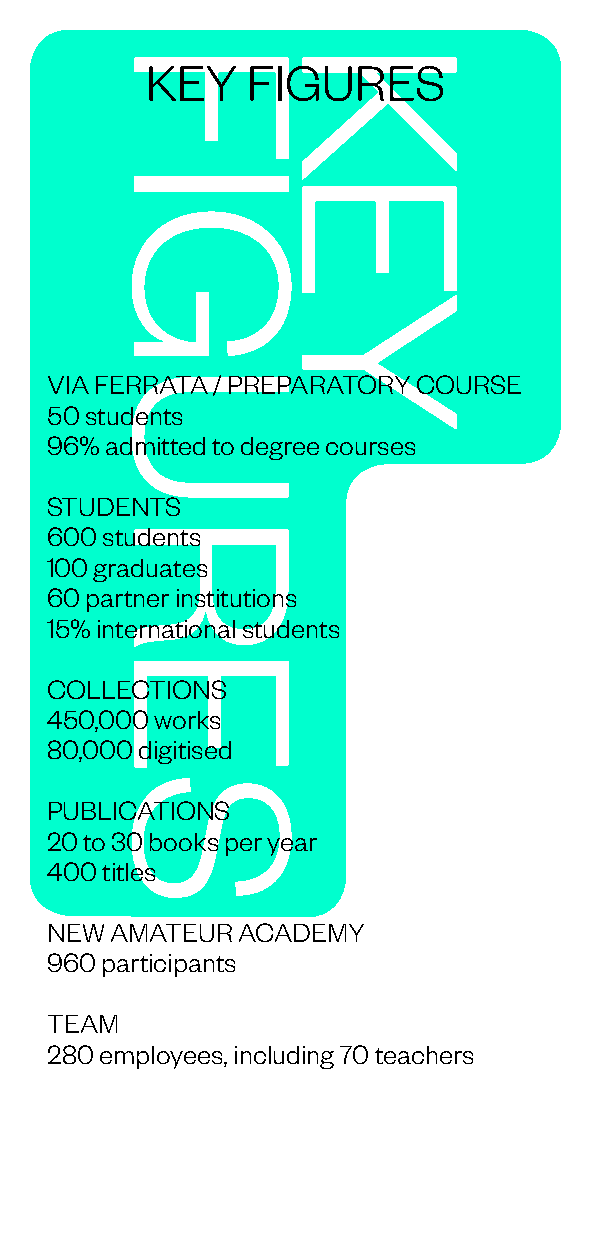
KEY   FIGURES
 VIA FERRATA / PREPARATORY COURSE
 50 students
 96% admitted to degree courses
 STUDENTS
 600 students
 100 graduates
 60 partner institutions
 15% international students
 COLLECTIONS
 450,000 works
 80,000 digitised
 PUBLICATIONS
 20 to 30 books per year
 400 titles
 NEW AMATEUR  ACADEMY
 960 participants
 TEAM
 280 employees, including 70 teachers
 FIGURES    KEY